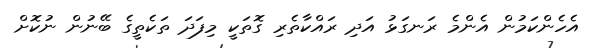
އެހެންކަމުން އެންމެ ރަނގަޅު އަދި ރައްކާތެރި ގޮތަކީ މިފަދަ ތަކެތީގެ ބޭނުން ނުކޮށް